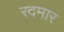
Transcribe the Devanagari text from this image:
रदमार